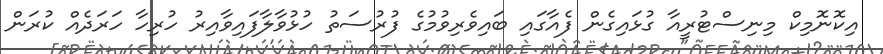
އިކޮނޮމިކް މިނިސްޓުރީއާ ގުޅައިގެން ފެއާގައި ބައިވެރިވުމުގެ ފުރުސަތު ހުޅުވާލާފައިވާއިރު ހުރިހާ ހަރަދެއް ކުރަން